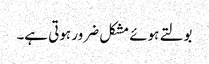
بولتے ہوئے مشکل ضرور ہوتی ہے۔